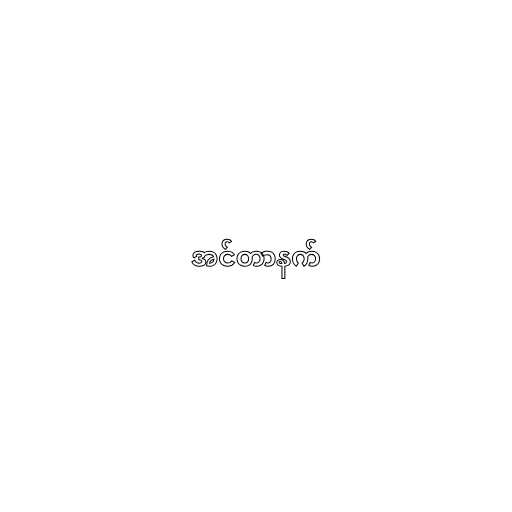
အင်တာနက်